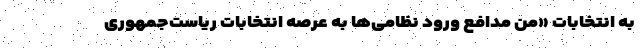
به انتخابات «من مدافع ورود نظامی‌ها به عرصه انتخابات ریاست‌جمهوری